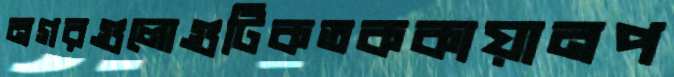
নগরগুলোগুটিকতককায়ানপ